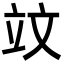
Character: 𥩛